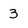
Character: 3